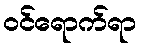
ဝင်ရောက်ရာ